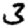
Digit: 3